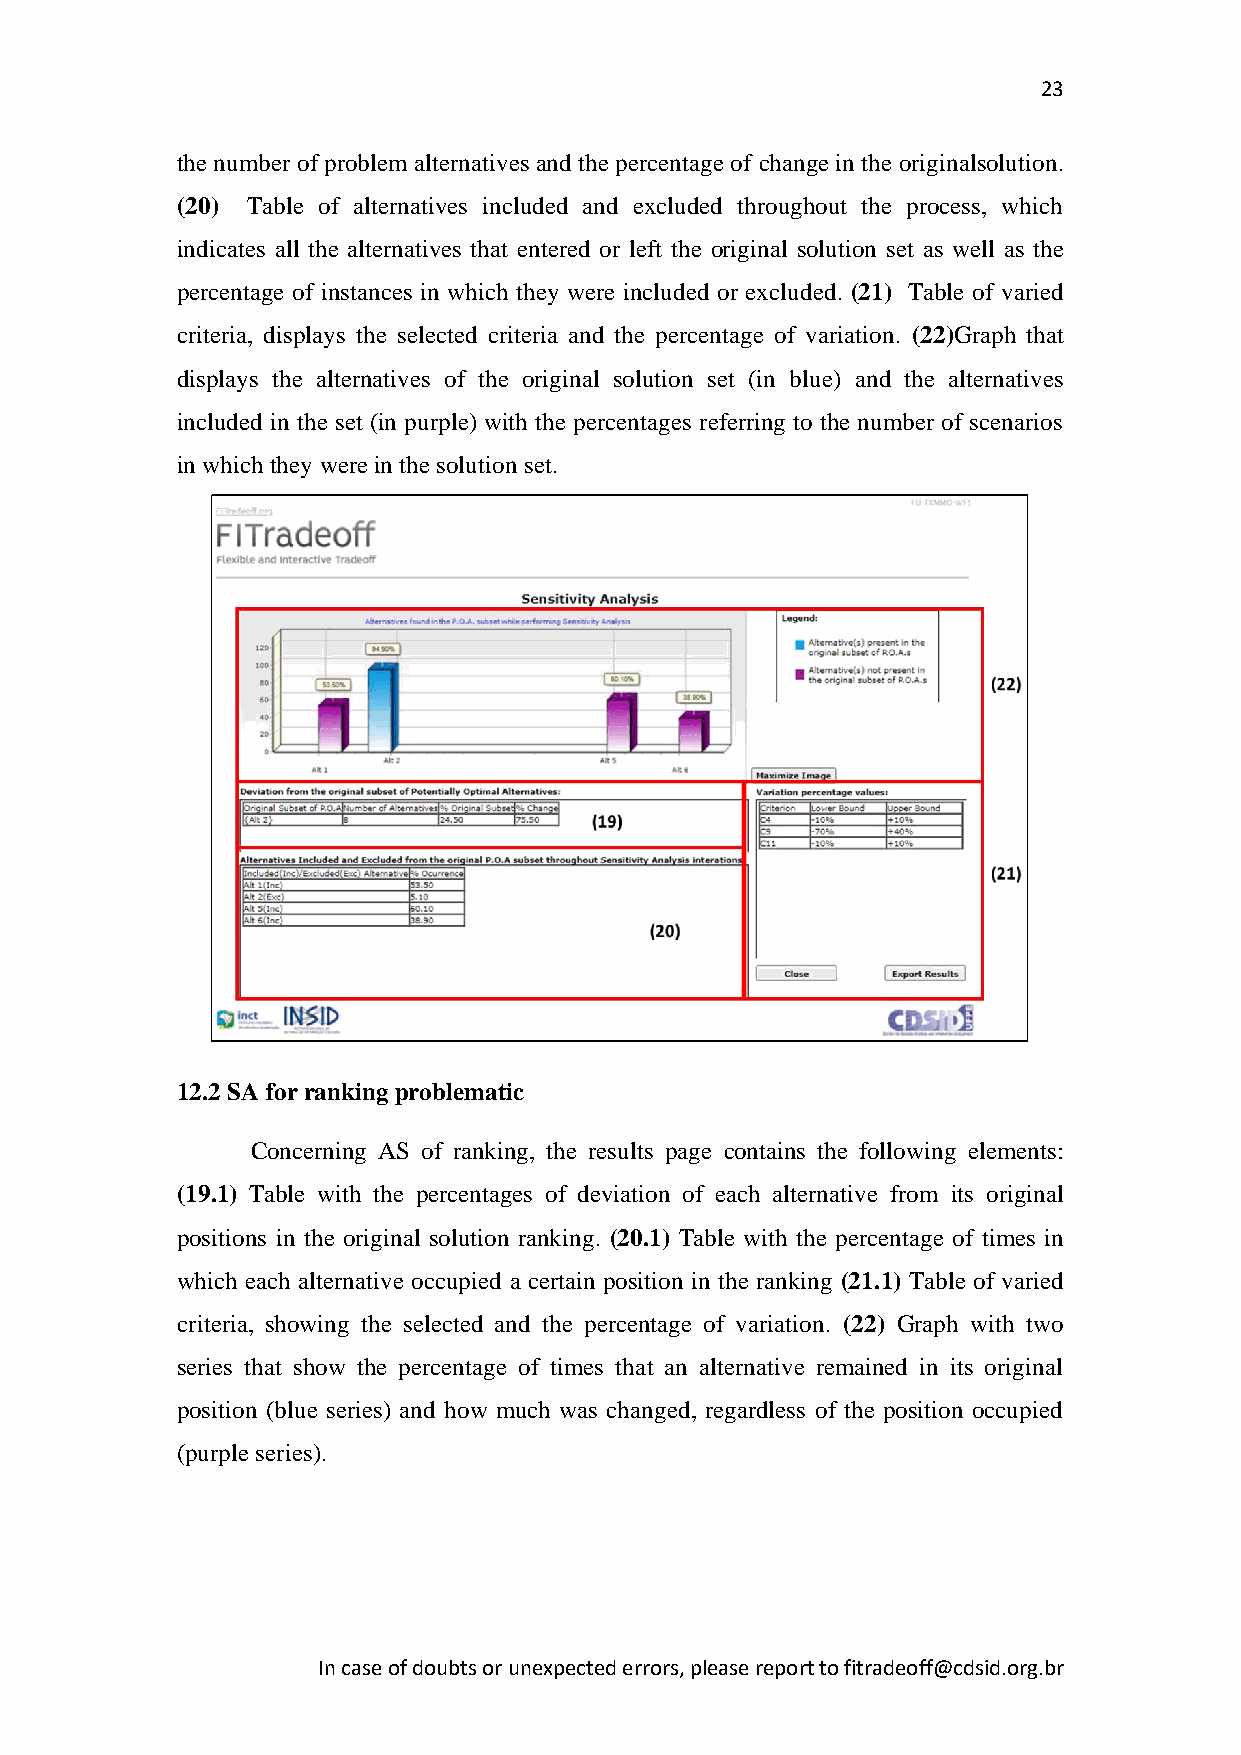
23
 the number of problem alternatives and the percentage of change in the originalsolution.
 (20) Table of alternatives included and excluded throughout the process, which
 indicates all the alternatives that entered or left the original solution set as well as the
 percentage of instances in which they were included or excluded. (21) Table of varied
 criteria, displays the selected criteria and the percentage of variation. (22)Graph that
 displays the alternatives of the original solution set (in blue) and the alternatives
 included in the set (in purple) with the percentages referring to the number of scenarios
 in which they were in the solution set.
 12.2 SA for ranking problematic
 Concerning AS of ranking, the results page contains the following elements:
 (19.1) Table with the percentages of deviation of each alternative from its original
 positions in the original solution ranking. (20.1) Table with the percentage of times in
 which each alternative occupied a certain position in the ranking (21.1) Table of varied
 criteria, showing the selected and the percentage of variation. (22) Graph with two
 series that show the percentage of times that an alternative remained in its original
 position (blue series) and how much was changed, regardless of the position occupied
 (purple series).
 In case of doubts or unexpected errors, please report to fitradeoff@cdsid.org.br